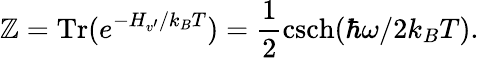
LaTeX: \mathbb{Z}=\mathrm{{Tr}}(e^{-H_{v^{\prime}}/k_{B}T})=\frac{{1}}{{2}}\mathrm{{csch}}(\hbar\omega/2k_{B}T).